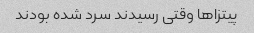
پیتزاها وقتى رسیدند سرد شده بودند